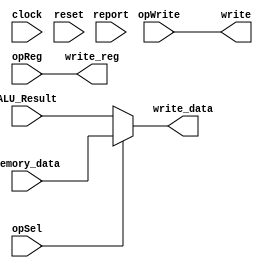
/** @module : writeback
 *  @author : Adaptive & Secure Computing Systems (ASCS) Laboratory
 
 *  Copyright (c) 2018 BRISC-V (ASCS/ECE/BU)
 *  Permission is hereby granted, free of charge, to any person obtaining a copy
 *  of this software and associated documentation files (the "Software"), to deal
 *  in the Software without restriction, including without limitation the rights
 *  to use, copy, modify, merge, publish, distribute, sublicense, and/or sell
 *  copies of the Software, and to permit persons to whom the Software is
 *  furnished to do so, subject to the following conditions:
 *  The above copyright notice and this permission notice shall be included in
 *  all copies or substantial portions of the Software.

 *  THE SOFTWARE IS PROVIDED "AS IS", WITHOUT WARRANTY OF ANY KIND, EXPRESS OR
 *  IMPLIED, INCLUDING BUT NOT LIMITED TO THE WARRANTIES OF MERCHANTABILITY,
 *  FITNESS FOR A PARTICULAR PURPOSE AND NONINFRINGEMENT. IN NO EVENT SHALL THE
 *  AUTHORS OR COPYRIGHT HOLDERS BE LIABLE FOR ANY CLAIM, DAMAGES OR OTHER
 *  LIABILITY, WHETHER IN AN ACTION OF CONTRACT, TORT OR OTHERWISE, ARISING FROM,
 *  OUT OF OR IN CONNECTION WITH THE SOFTWARE OR THE USE OR OTHER DEALINGS IN
 *  THE SOFTWARE.
 */
 module writeback_unit #(parameter  CORE = 0, DATA_WIDTH = 32) (
      clock, reset,  
      opWrite,
      opSel, 
      opReg, 
      ALU_Result, 
      memory_data, 
      write, write_reg, write_data, 
      report
); 
 
input  clock; 
input  reset; 

input  opWrite; 
input  opSel; 
input  [4:0]  opReg;
input  [DATA_WIDTH-1:0] ALU_Result;
input  [DATA_WIDTH-1:0] memory_data; 

output  write;
output  [4:0]  write_reg;
output  [DATA_WIDTH-1:0] write_data;

input report; 

assign write_data = opSel? memory_data : ALU_Result; 
assign write_reg  = opReg; 
assign write      = opWrite; 

reg [31: 0] cycles; 
always @ (posedge clock) begin 
    cycles <= reset? 0 : cycles + 1; 
    if (report)begin
        $display ("------ Core %d Writeback Unit - Current Cycle %d ----", CORE, cycles); 
        $display ("| opSel       [%b]", opSel);
        $display ("| opReg       [%b]", opReg);
        $display ("| ALU_Result  [%d]", ALU_Result);
        $display ("| Memory_data [%d]", memory_data);
        $display ("| write       [%b]", write);
        $display ("| write_reg   [%d]", write_reg);
        $display ("| write_data  [%d]", write_data);
        $display ("----------------------------------------------------------------------");
    end
end

endmodule